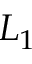
L _ { 1 }